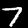
Label: 7